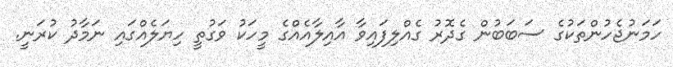
ހަމަނުޖެހުންތަކުގެ ސަބަބުން ގެދޮރު ގެއްލިފައިވާ އާއިލާއެއްގެ މީހަކު ވަގުތީ ހިޔަލެއްގައި ނަމާދު ކުރަނީ.